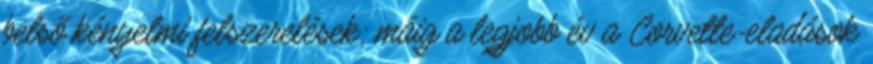
belső kényelmi felszerelések; máig a legjobb év a Corvette-eladások